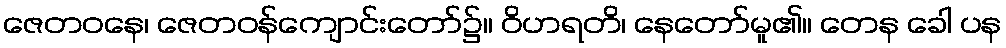
ဇေတဝနေ၊ ဇေတဝန်ကျောင်းတော်၌။ ဝိဟရတိ၊ နေတော်မူ၏။ တေန ခေါ ပန